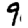
Digit: 9